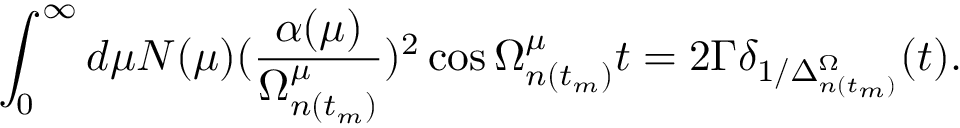
\int _ { 0 } ^ { \infty } d \mu N ( \mu ) ( \frac { \alpha ( \mu ) } { \Omega _ { n ( t _ { m } ) } ^ { \mu } } ) ^ { 2 } \cos \Omega _ { n ( t _ { m } ) } ^ { \mu } t = 2 \Gamma \delta _ { 1 / \Delta _ { n ( t _ { m } ) } ^ { \Omega } } ( t ) .